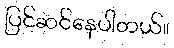
ပြင်ဆင်နေပါတယ်။